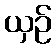
ယှဉ်